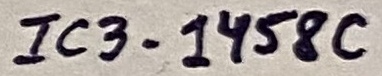
Text: IC3-1458C